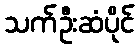
သက်ဦးဆံပိုင်